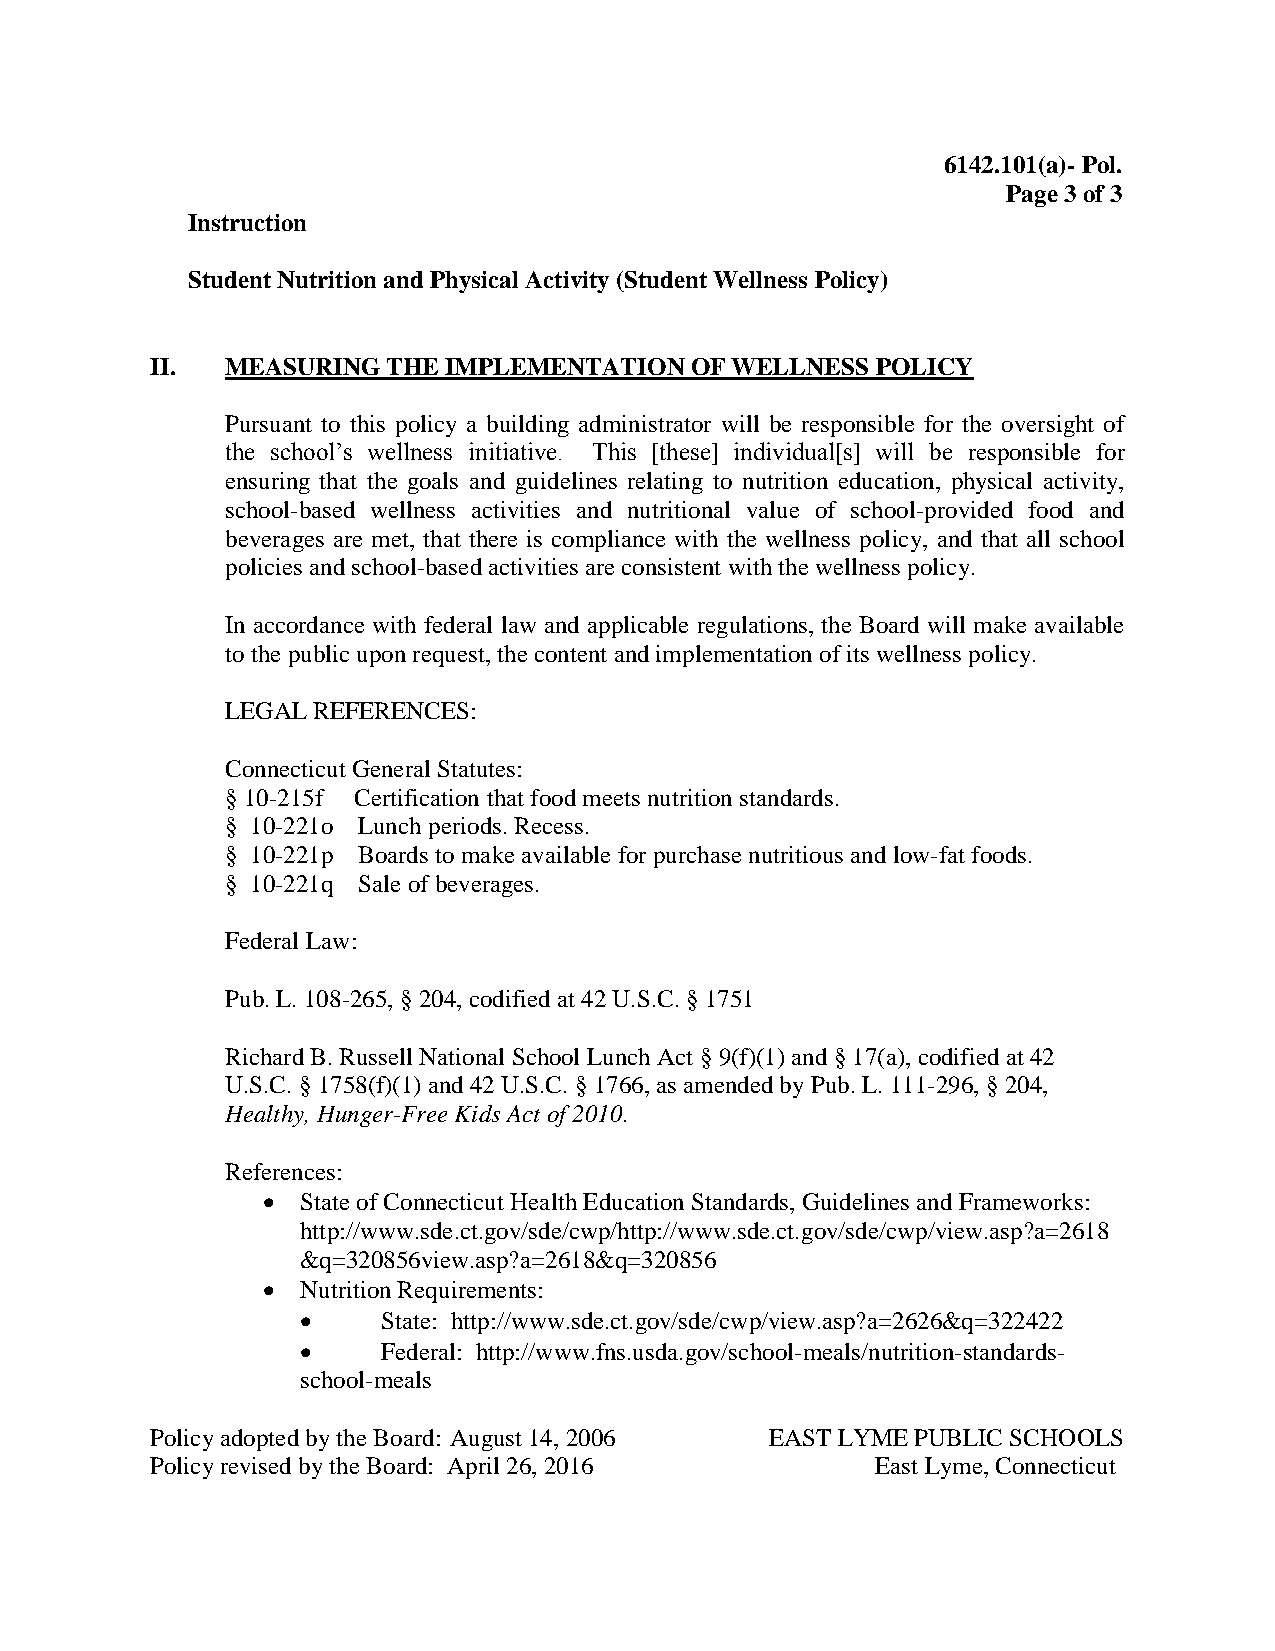
6142.101(a)- Pol.
 Page 3 of 3
 Instruction
 Student Nutrition and Physical Activity (Student Wellness Policy)
 II.  MEASURING  THE IMPLEMENTATION  OF WELLNESS POLICY
 Pursuant to this policy a building administrator will be responsible for the oversight of
 the school’s wellness initiative. This [these] individual[s] will be responsible for
 ensuring that the goals and guidelines relating to nutrition education, physical activity,
 school-based wellness activities and nutritional value of school-provided food and
 beverages are met, that there is compliance with the wellness policy, and that all school
 policies and school-based activities are consistent with the wellness policy.
 In accordance with federal law and applicable regulations, the Board will make available
 to the public upon request, the content and implementation of its wellness policy.
 LEGAL REFERENCES:
 Connecticut General Statutes:
 § 10-215f Certification that food meets nutrition standards.
 § 10-221o Lunch periods. Recess.
 § 10-221p Boards to make available for purchase nutritious and low-fat foods.
 § 10-221q Sale of beverages.
 Federal Law:
 Pub. L. 108-265, § 204, codified at 42 U.S.C. § 1751
 Richard B. Russell National School Lunch Act § 9(f)(1) and § 17(a), codified at 42
 U.S.C. § 1758(f)(1) and 42 U.S.C. § 1766, as amended by Pub. L. 111-296, § 204,
 Healthy, Hunger-Free Kids Act of 2010.
 References:
   State of Connecticut Health Education Standards, Guidelines and Frameworks:
 http://www.sde.ct.gov/sde/cwp/http://www.sde.ct.gov/sde/cwp/view.asp?a=2618
 &q=320856view.asp?a=2618&q=320856
   Nutrition Requirements:
     State: http://www.sde.ct.gov/sde/cwp/view.asp?a=2626&q=322422
     Federal: http://www.fns.usda.gov/school-meals/nutrition-standards-
 school-meals
 Policy adopted by the Board: August 14, 2006 EAST LYME PUBLIC SCHOOLS
 Policy revised by the Board: April 26, 2016     East Lyme, Connecticut